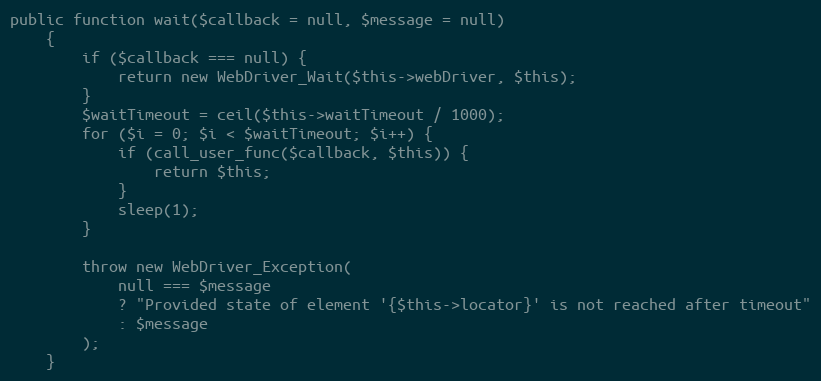
Language: PHP
public function wait($callback = null, $message = null)
    {
        if ($callback === null) {
            return new WebDriver_Wait($this->webDriver, $this);
        }
        $waitTimeout = ceil($this->waitTimeout / 1000);
        for ($i = 0; $i < $waitTimeout; $i++) {
            if (call_user_func($callback, $this)) {
                return $this;
            }
            sleep(1);
        }

        throw new WebDriver_Exception(
            null === $message
            ? "Provided state of element '{$this->locator}' is not reached after timeout"
            : $message
        );
    }